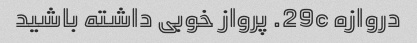
دروازه 29c. پرواز خوبی داشته باشید